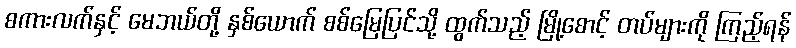
စကားလက်နှင့် မေဘယ်တို့ နှစ်ယောက် စစ်မြေပြင်သို့ ထွက်သည့် မြို့စောင့် တပ်များကို ကြည့်ရန်